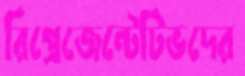
রিপ্রেজেন্টেটিভদের